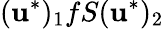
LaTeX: (\mathbf{u}^{\ast})_{1}fS(\mathbf{u}^{\ast})_{2}